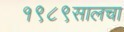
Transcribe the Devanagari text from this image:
१९८९सालचा